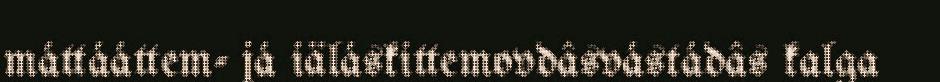
máttááttem- já iäláskittemovdâsvástádâs kalga